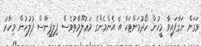
ވަގަށް ނަގާފައިވާ މީހުން ހޯދުމަށްޓަކާ އެ އެންމެންގެ މަޢުލޫމާތުވެސް ފިލިޕީންސް ފުލުހުން މިހާރު